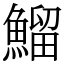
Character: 鰡